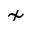
\nsim